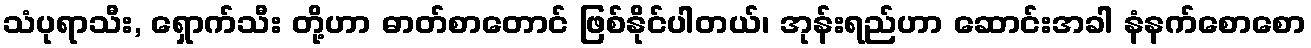
သံပုရာသီး, ရှောက်သီး တို့ဟာ ဓာတ်စာတောင် ဖြစ်နိုင်ပါတယ်၊ အုန်းရည်ဟာ ဆောင်းအခါ နံနက်စောစော